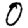
Digit: 0